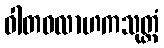
ဝါတဝလာဟကသုတ္တံ